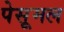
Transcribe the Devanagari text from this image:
पेसूमल